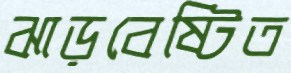
ঝাড়বেষ্টিত